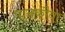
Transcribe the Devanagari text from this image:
पानकौवा